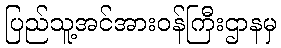
ပြည်သူ့အင်အားဝန်ကြီးဌာနမှ